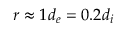
r \approx 1 d _ { e } = 0 . 2 d _ { i }